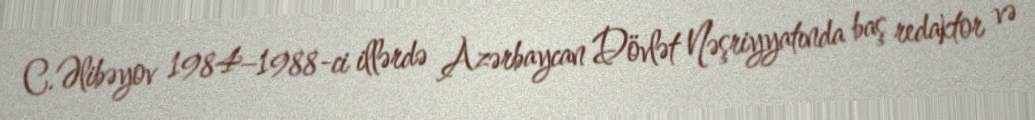
C.Əlibəyov 1984–1988-ci illərdə Azərbaycan Dövlət Nəşriyyatında baş redaktor və